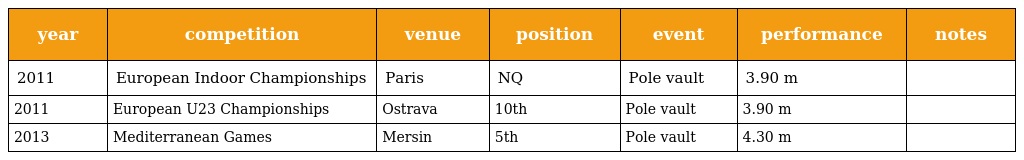
| year | competition | venue | position | event | performance | notes |
 | --- | --- | --- | --- | --- | --- | --- |
 | 2011 | European Indoor Championships | Paris | NQ | Pole vault | 3.90 m |  |
 | 2011 | European U23 Championships | Ostrava | 10th | Pole vault | 3.90 m |  |
 | 2013 | Mediterranean Games | Mersin | 5th | Pole vault | 4.30 m |  |